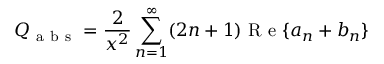
Q _ { \mathrm { ~ a ~ b ~ s ~ } } = \frac { 2 } { x ^ { 2 } } \sum _ { n = 1 } ^ { \infty } ( 2 n + 1 ) \mathrm { ~ R ~ e ~ } \{ a _ { n } + b _ { n } \}